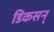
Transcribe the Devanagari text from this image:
डिकसन्